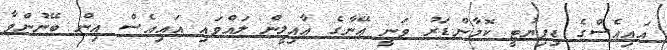
އައިއެސްގެ ޑިޕިޔުޓީ ކޮމާންޑަރު ވަނީ ޢޭނާގެ ޢާއިލީން ލައްވައި އައިއެސް އިން ބޭނުންވާ